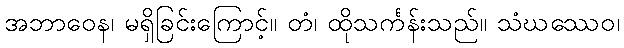
အဘာဝေန၊ မရှိခြင်းကြောင့်။ တံ၊ ထိုသင်္ကန်းသည်။ သံဃဿေဝ၊